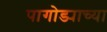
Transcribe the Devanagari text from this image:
पागोड्याच्या